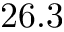
2 6 . 3